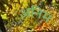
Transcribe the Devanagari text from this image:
अनिम